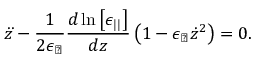
\ddot { z } - \frac { 1 } { 2 \epsilon _ { \perp } } \frac { d \ln \left[ \epsilon _ { | | } \right] } { d z } \left( 1 - \epsilon _ { \perp } \dot { z } ^ { 2 } \right) = 0 .